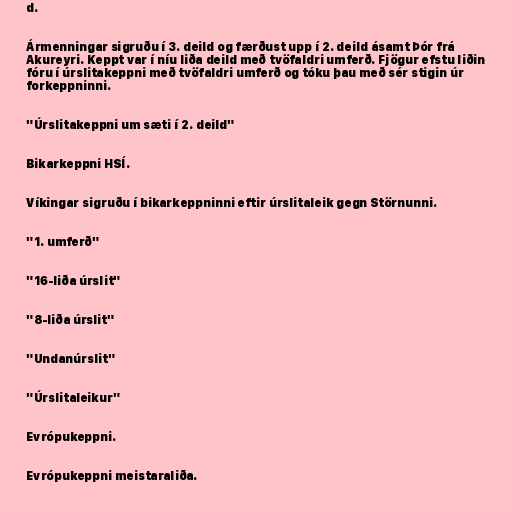
d.

Ármenningar sigruðu í 3. deild og færðust upp í 2. deild ásamt Þór frá
Akureyri. Keppt var í níu liða deild með tvöfaldri umferð. Fjögur efstu liðin
fóru í úrslitakeppni með tvöfaldri umferð og tóku þau með sér stigin úr
forkeppninni.

"Úrslitakeppni um sæti í 2. deild"

Bikarkeppni HSÍ.

Víkingar sigruðu í bikarkeppninni eftir úrslitaleik gegn Störnunni.

"1. umferð"

"16-liða úrslit"

"8-liða úrslit"

"Undanúrslit"

"Úrslitaleikur"

Evrópukeppni.

Evrópukeppni meistaraliða.